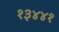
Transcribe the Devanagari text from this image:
१३४४१